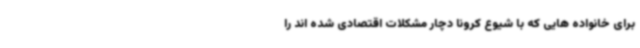
برای خانواده هایی که با شیوع کرونا دچار مشکلات اقتصادی شده اند را